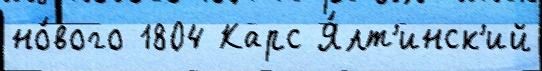
но́вого 1804 Карс Я́лт'инск'ий